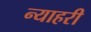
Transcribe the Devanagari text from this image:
न्याहरी